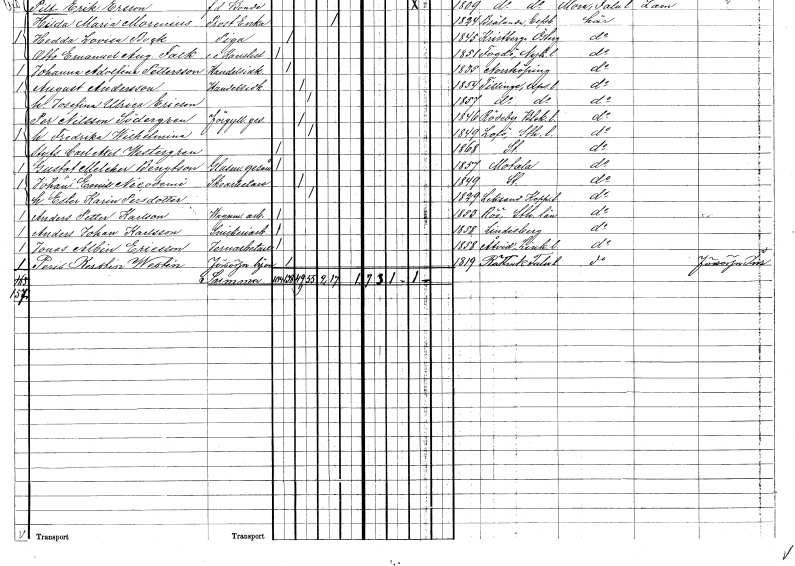
gt_parse: households: individuals: FN: Ester Karin
EN: Persdotter
KON: K
CIV: G
FODAR: 1829
FODFORS: Leksand Kopparbergs län
FN: Anders Petter
EN: Karlson
YRKE: Vagnmakeriarbetare
KON: M
CIV: O
FODAR: 1853
FODFORS: Rö Stockholms län
FN: Anders Johan
EN: Karlsson
YRKE: Snickeriarbetare
KON: M
CIV: O
FODAR: 1858
FODFORS: Lindesberg Örebro län
FN: Jonas Albin
EN: Ericsson
YRKE: Järnarbetare
KON: M
CIV: O
FODAR: 1858
FODFORS: Åtvid Östergötlands län
FN: Peris Kerstin
EN: Westin
YRKE: Försörjningshjon
KON: K
CIV: O
FODAR: 1819
FODFORS: Rättvik Kopparbergs län